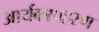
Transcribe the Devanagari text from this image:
आर्यकापहरण